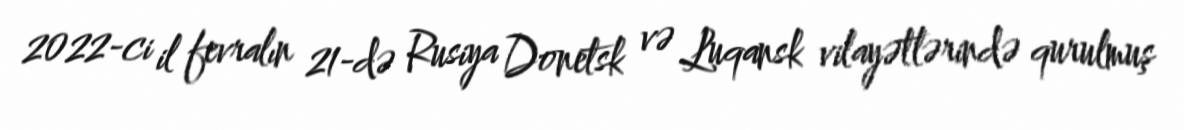
2022-ci il fevralın 21-də Rusiya Donetsk və Luqansk vilayətlərində qurulmuş